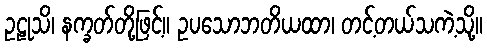
ဥဠုသိ၊ နက္ခတ်တို့ဖြင့်။ ဥပသောဘတိယထာ၊ တင့်တယ်သကဲ့သို့။